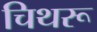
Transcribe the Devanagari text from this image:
चिथरू